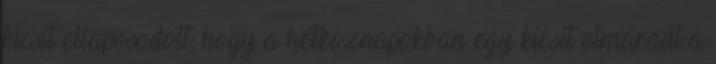
kicsit ellaposodott, hogy a hétköznapokban egy kicsit elmaradt a